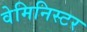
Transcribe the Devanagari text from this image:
वेमिनिस्टर